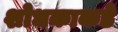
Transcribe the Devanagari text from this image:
शोधकाकडे